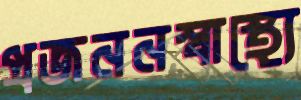
প্রজননস্বাস্থ্যে